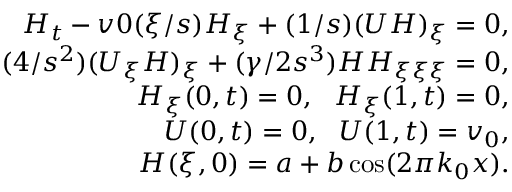
\begin{array} { r } { H _ { t } - v 0 ( \xi / s ) H _ { \xi } + ( 1 / s ) ( U H ) _ { \xi } = 0 , } \\ { ( 4 / s ^ { 2 } ) ( U _ { \xi } H ) _ { \xi } + ( \gamma / 2 s ^ { 3 } ) H H _ { \xi \xi \xi } = 0 , } \\ { H _ { \xi } ( 0 , t ) = 0 , \ \ H _ { \xi } ( 1 , t ) = 0 , } \\ { U ( 0 , t ) = 0 , \ \ U ( 1 , t ) = v _ { 0 } , } \\ { H ( \xi , 0 ) = a + b \cos ( 2 \pi k _ { 0 } x ) . } \end{array}